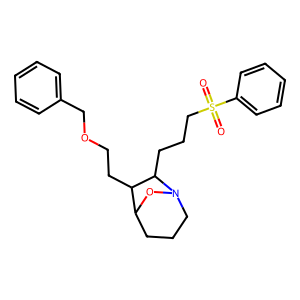
SMILES: O=S(=O)(CCCC1C(CCOCc2ccccc2)C2CCCN1O2)c1ccccc1
Inhibits HIV replication: No